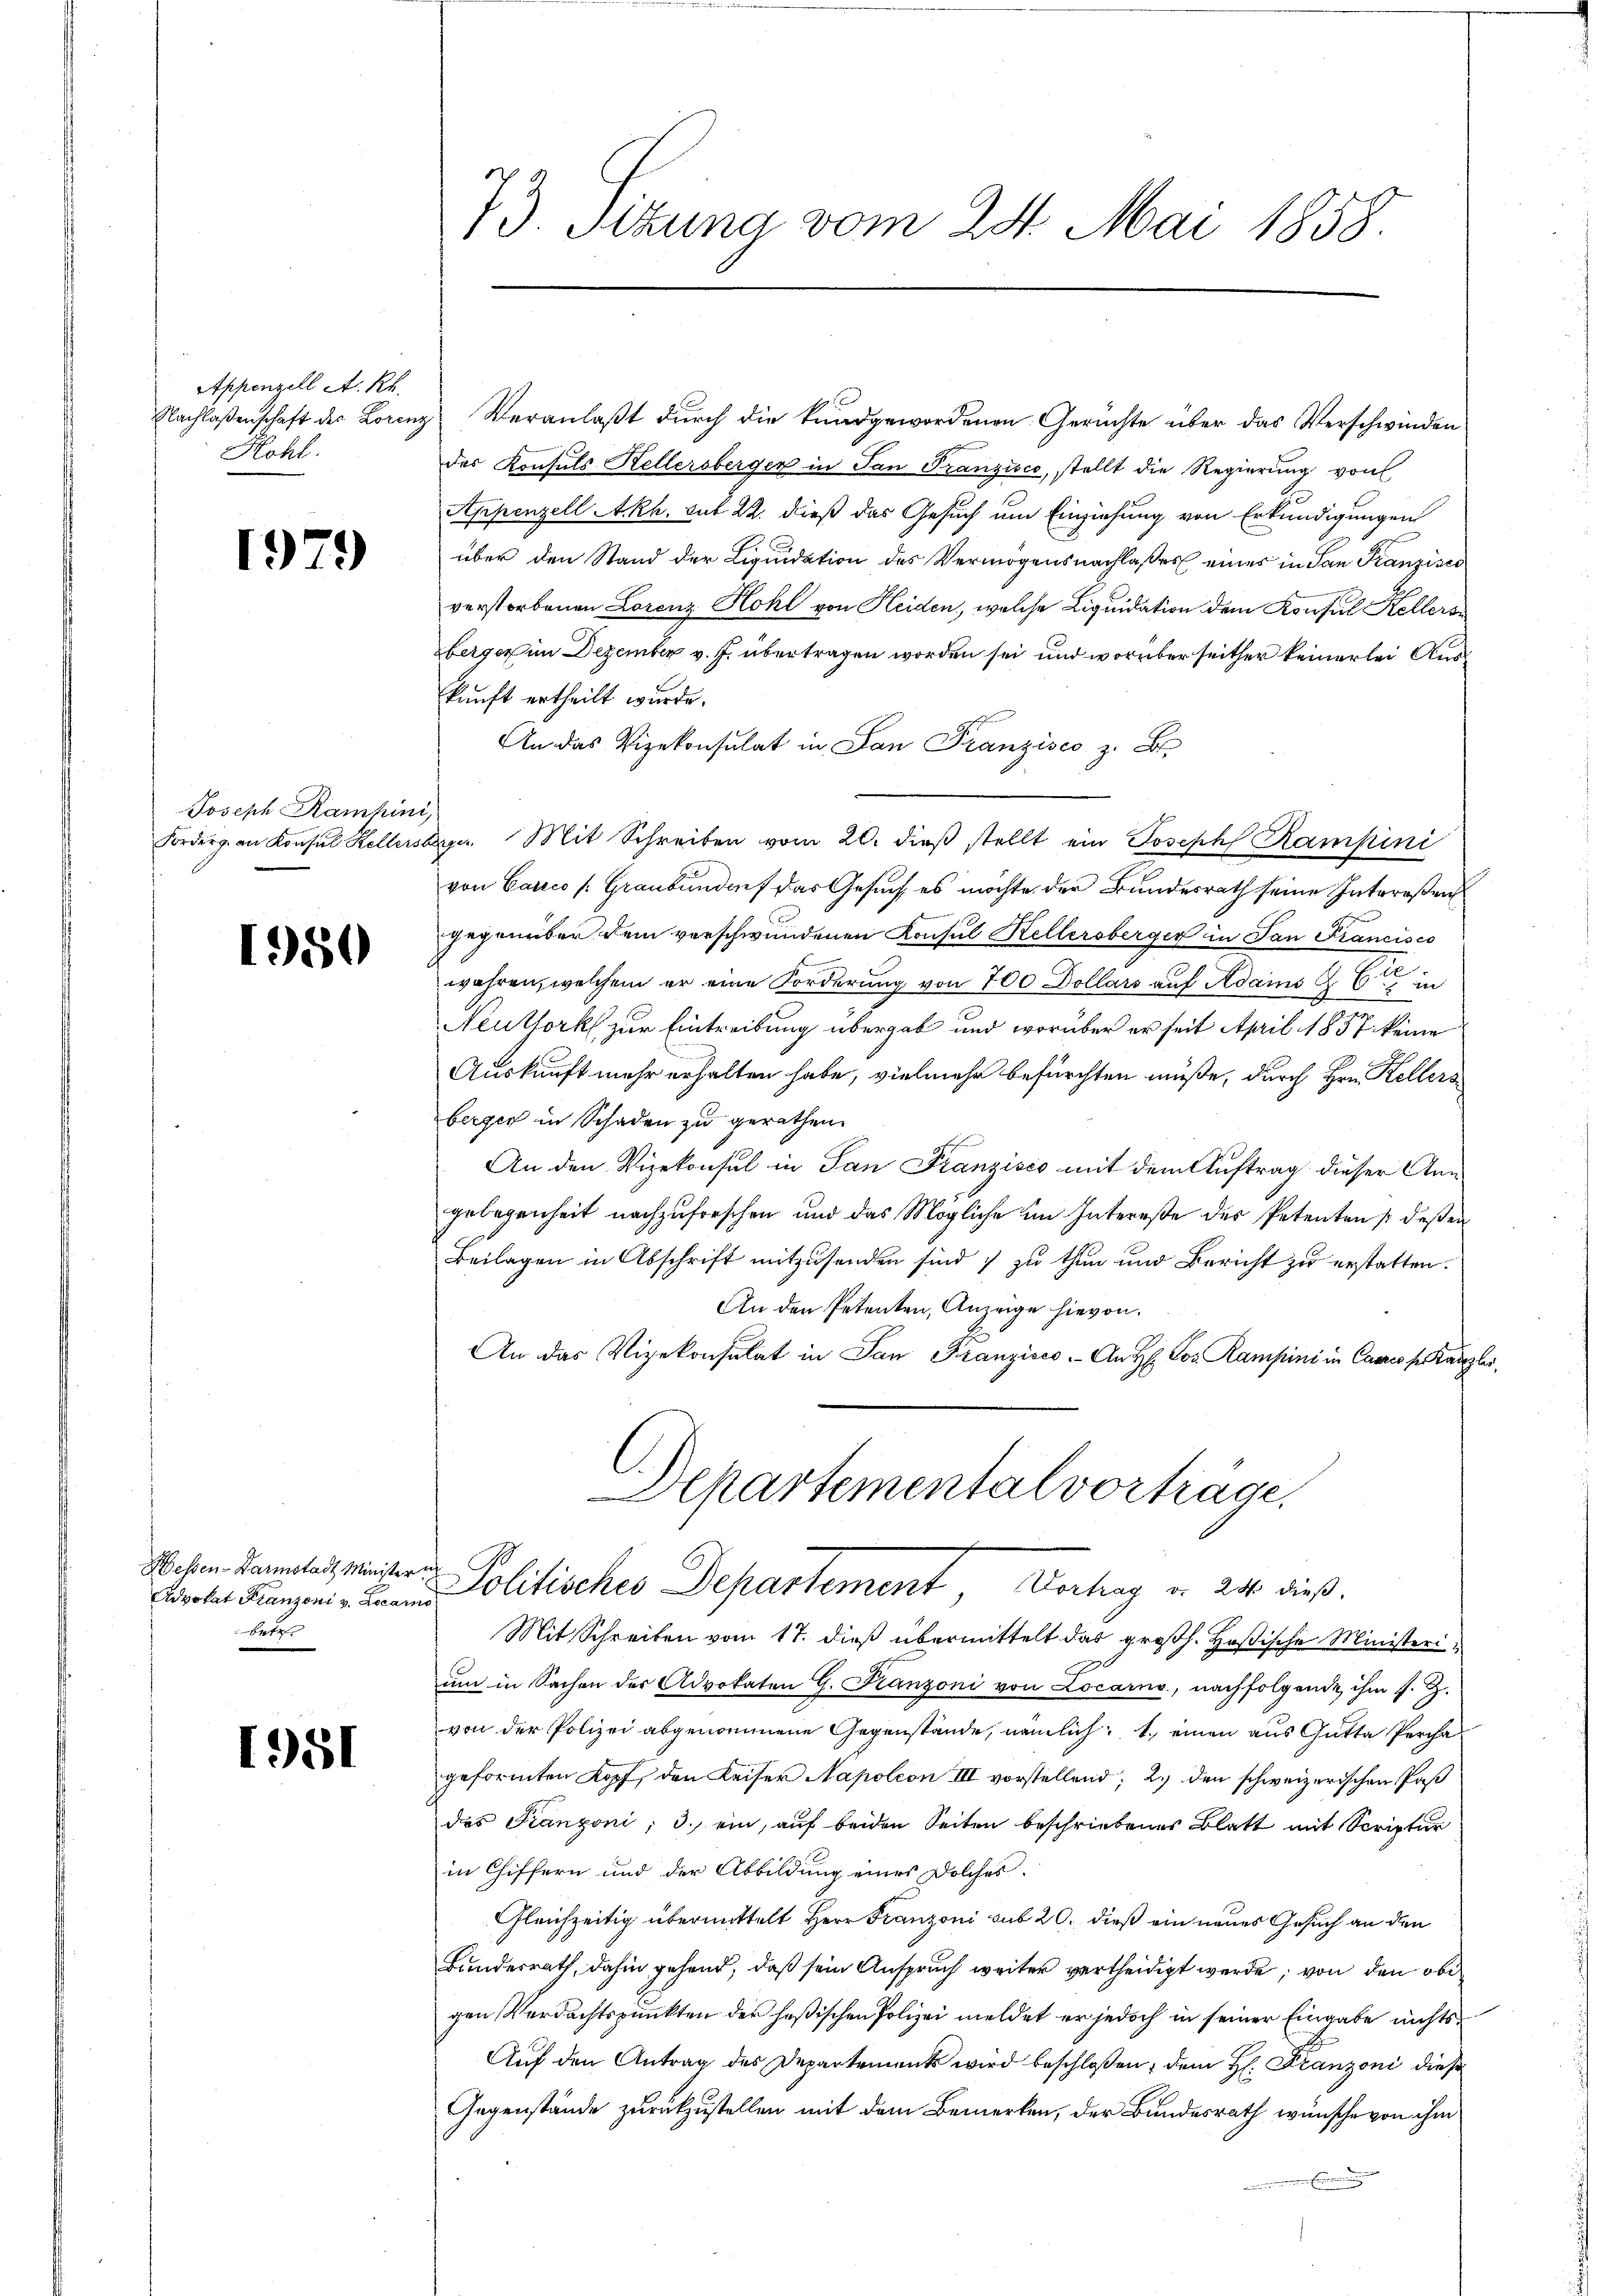
Appenzell A. Kr
Nachlaßenschaft der Lorenz
Hohl.

1979

Joseph Ramhini,

950

Hessen-Karmstadt Minister
betr

1951

73. Sitzung vom 24. Mai 1858.

Veranlaßt durch die kundgewordenen Gerüchte über das Verschwinden
g
des Konsuls Hellersberger in San Franzisco, stellt die Regierung von
Appenzell A.Rh. sub 22. dieß das Gesuch um Einziehung von Erkundigungen
über den Stand der Liquidation des Vermögensnachlaßes eines in San Franzisc
verstorbenen Lorenz Hohl von Heiden, welche Liquidation dem Konsul Kellers
berger im Dezember v. J. übertragen worden sei und worüber seither keinerlei Auskunft ertheilt wurde.
An das Vizekonsulat in San Franzisco z. B.
Forderg. an Konsul Kellersberger Mit Schreiben vom 20. dieβ stellt ein Joseph Rampini
von Carico (Graubünden das Gesuch es möchte der Bundesrath seine Intereßen
gegenüber dem verschwundenen Konsul Kellersberger in San Francisco
wahren, welchem er eine Forderung von 700 Dollars auf Adams & Cie in
Neuthork zur Eintreibung übergab und worüber er seit April 1857 keine
Auskunft mehr erhalten habe, vielmehr befürchten müße, durch Hrn. Kellers
berger in Schaden zu gerathen.
An den Vizekonsul in San Franzisco mit dem Auftrag dieser Angelegenheit nachzuforschen und das Mögliche im Intereße des Petenten / deßen
Beilagen in Abschrift mitzusenden sind; zu thun und Bericht zu erstatten.
An den Petenten, Anzeige hievon.
An das Vizekonsulat in San Franzisco. An H: Jos. Kampini in Cance ser Kanzlei,
C
Departemental vorträge,

Probe Franzen in Politisches Departement Verhag d. 240 dieß¬

Mit Schreiben vom 17. dieß übermittelt das großh. Hoßische Ministerium in Sachen der Advokaten G. Kanzoni von Locarno, nachfolgende ihm s. Z.
von der Polizei abgenommene Gegenstände, nämlich: 1. einen aus Gutta Percha
geformten Kopf, den Keiser Napoleon III vorstellend; 2.) den schweizerischen Paß
des Franzoni; 3. ein, auf beiden Seiten beschriebenes Blatt mit Scriptur
in Chiffern und der Abbildung eines Dolches.
Gleichzeitig übermittelt Herr Franzoni sub 20. dieß ein neues Gesuch an den
Bundesrath, dahin gehend, daß sein Anspruch weiter vertheidigt werde; von den obe
gen Verdachtspunkten der heßischen Polizei meldet er jedoch in seiner Eingabe nichts
Aŭf den Antrag des Departements wird beschloßen, dem H: Franzoni dies
Gegenstände zurückzustellen mit dem Bemerken, der Bundesrath wünsche von ihm
E